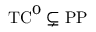
{ \mathrm { T C } } ^ { 0 } \subsetneq { \mathrm { P P } }